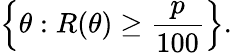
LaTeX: \left\{ \theta:R(\theta)\geq{\frac{p}{100}}\right\} .